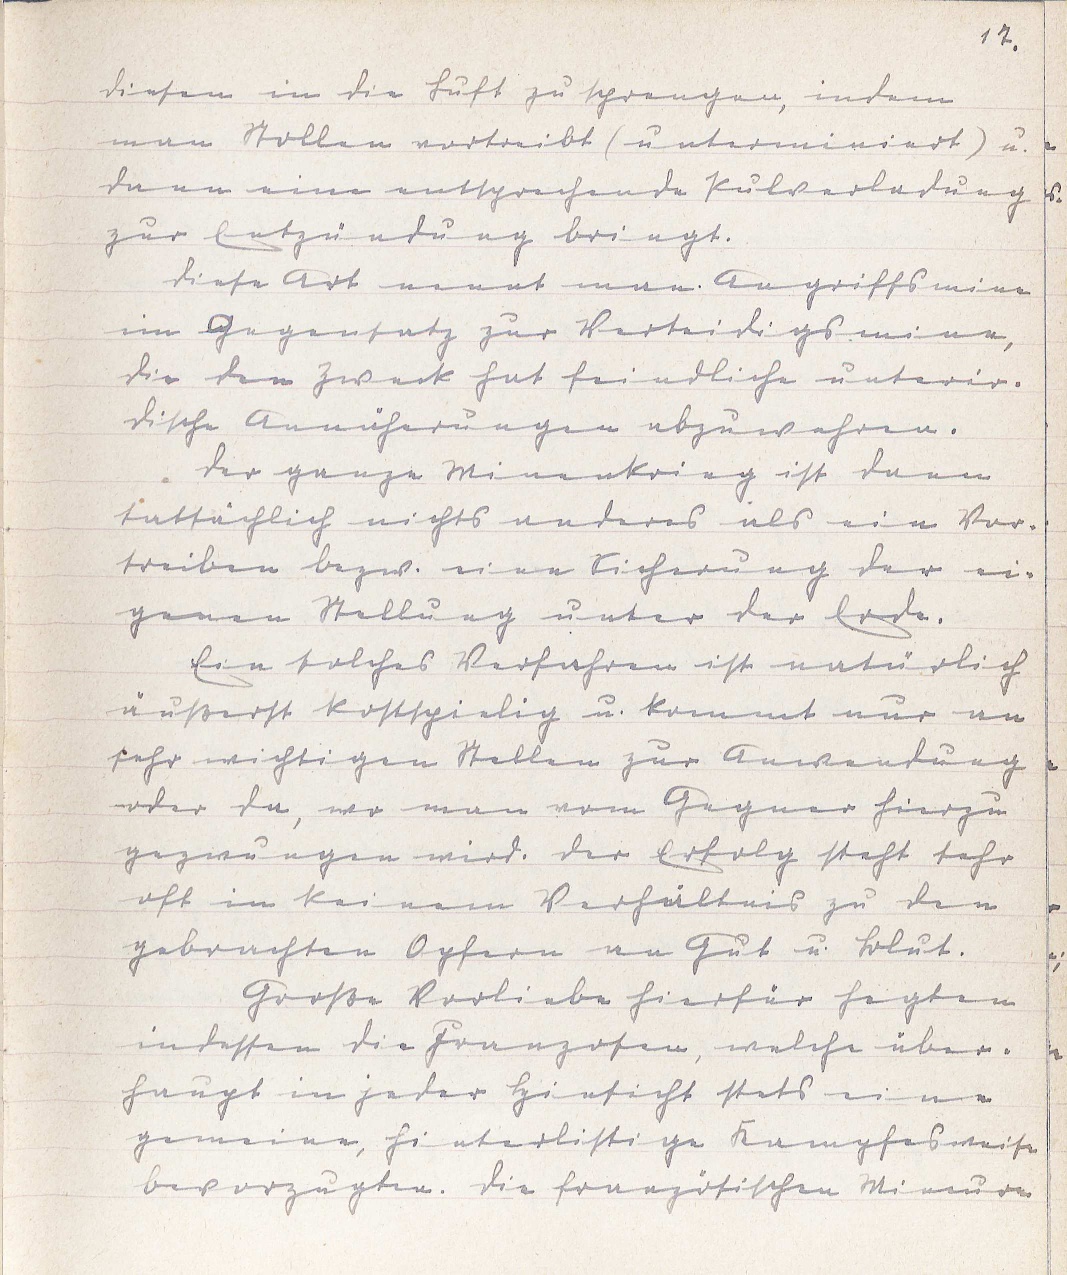
17.
diesen in die Luft zu sprengen, indem
man Stollen vortreibt (unterminiert) u.
dann eine entsprechende Pulverladung
zur Entzündung bringt.
Diese Art nennt man Angriffsmine
im Gegensatz zur Verteidigungsmine,
die den Zweck hat feindliche unterir¬
dische Annäherungen abzuwehren.
Der ganze Minenkrieg ist dann
tatsächlich nichts anderes als ein Vor¬
treiben bezw. eine Sicherung der ei¬
genen Stellung unter der Erde.
Ein solches Verfahren ist natürlich
äußerst kostspielig u. kommt nur an
sehr wichtigen Stellen zur Anwendung
oder da, wo man vom Gegner hierzu
gezwungen wird. Der Erfolg steht sehr
oft in keinem Verhältnis zu den
gebrachten Opfern an Gut u. Blut.
Große Vorliebe hierfür hegten
indessen die Franzosen, welche über¬
haupt in jeder Hinsicht stets eine
gemeine, hinterhältige Kampfesweise
bevorzugten. Die französischen Mineure